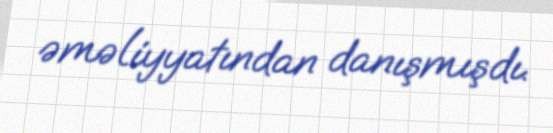
əməliyyatından danışmışdı.